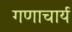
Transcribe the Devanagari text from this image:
गणाचार्य